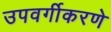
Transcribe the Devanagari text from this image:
उपवर्गीकरणे